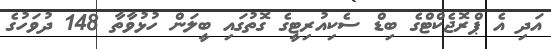
އަދި އެ ޕްރޮޖެކްޓްގެ ބިޑް ސެކިއުރިޓީގެ ގޮތުގައި ބީލަން ހުޅުވާތާ 148 ދުވަހުގެ